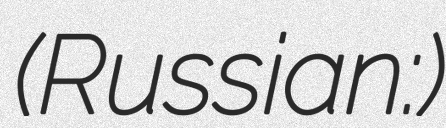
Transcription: (Russian: Хаян)